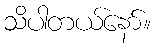
သိပါတယ်နော်။